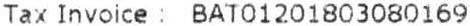
TAX INVOICE : BAT01201803080169